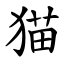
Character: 猫